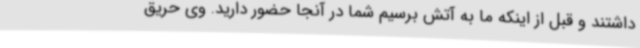
داشتند و قبل از اینکه ما به آتش برسیم شما در آنجا حضور دارید. وی حریق